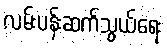
လမ်းပန်းဆက်သွယ်ရေး